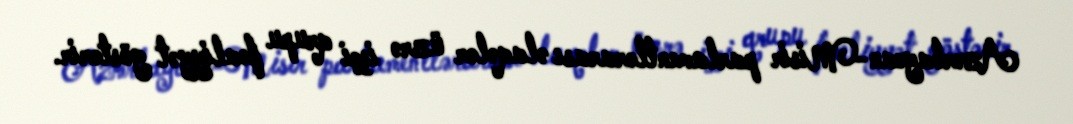
Azərbaycan-Misir parlamentlərarası əlaqələr üzrə işçi qrupu fəaliyyət göstərir.